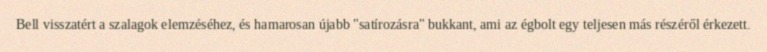
Bell visszatért a szalagok elemzéséhez, és hamarosan újabb "satírozásra" bukkant, ami az égbolt egy teljesen más részéről érkezett.